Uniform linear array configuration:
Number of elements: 32
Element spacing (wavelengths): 0.75
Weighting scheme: blackman
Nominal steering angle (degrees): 30
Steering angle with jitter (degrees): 29.676
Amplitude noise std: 0.05
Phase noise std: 0.05

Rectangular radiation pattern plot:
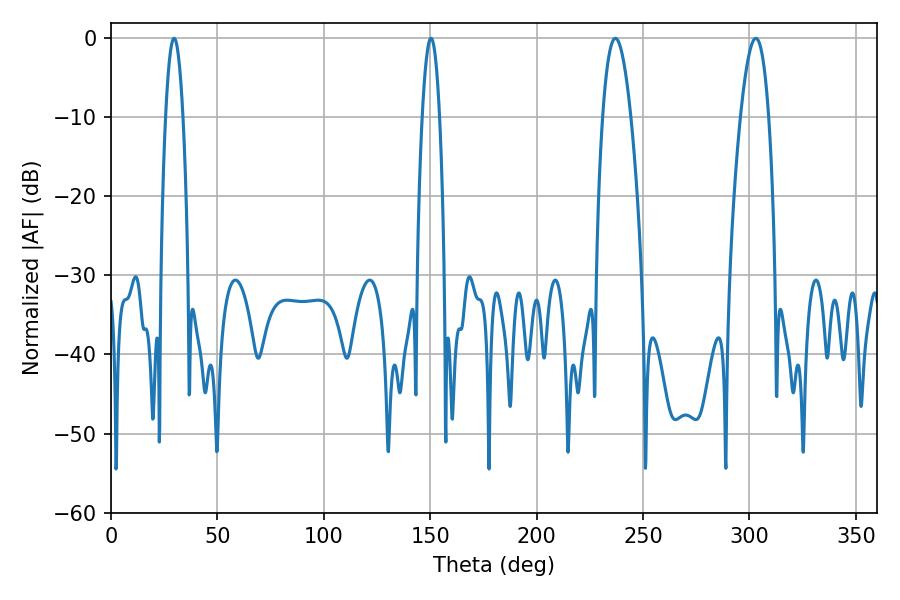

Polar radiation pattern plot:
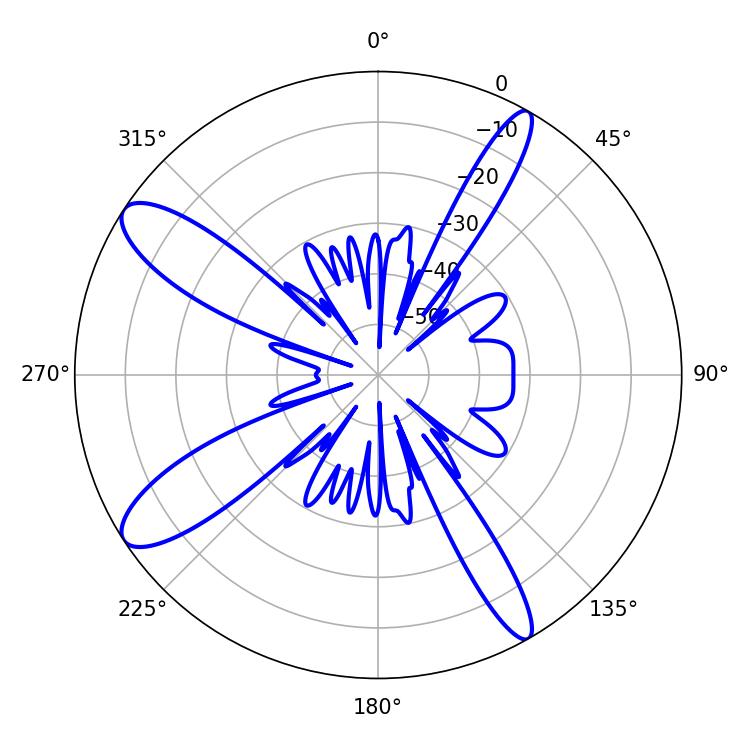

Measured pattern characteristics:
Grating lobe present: TRUE
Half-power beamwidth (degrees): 7.2
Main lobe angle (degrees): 237.06